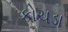
કોચડા